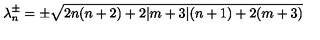
\lambda _ { n } ^ { \pm } = \pm \sqrt { 2 n ( n + 2 ) + 2 \vert m + 3 \vert ( n + 1 ) + 2 ( m + 3 ) }